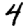
Digit: 4